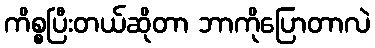
ကိစ္စပြီးတယ်ဆိုတာ ဘာကိုပြောတာလဲ